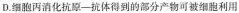
D.细胞丙消化抗原—抗体得到的部分产物河被细胞利用